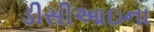
ડીસીઆઇના